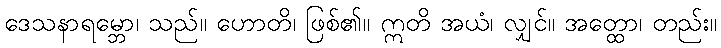
ဒေသနာရမ္ဘော၊ သည်။ ဟောတိ၊ ဖြစ်၏။ ဣတိ အယံ၊ လျှင်။ အတ္ထော၊ တည်း။